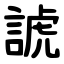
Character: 諕